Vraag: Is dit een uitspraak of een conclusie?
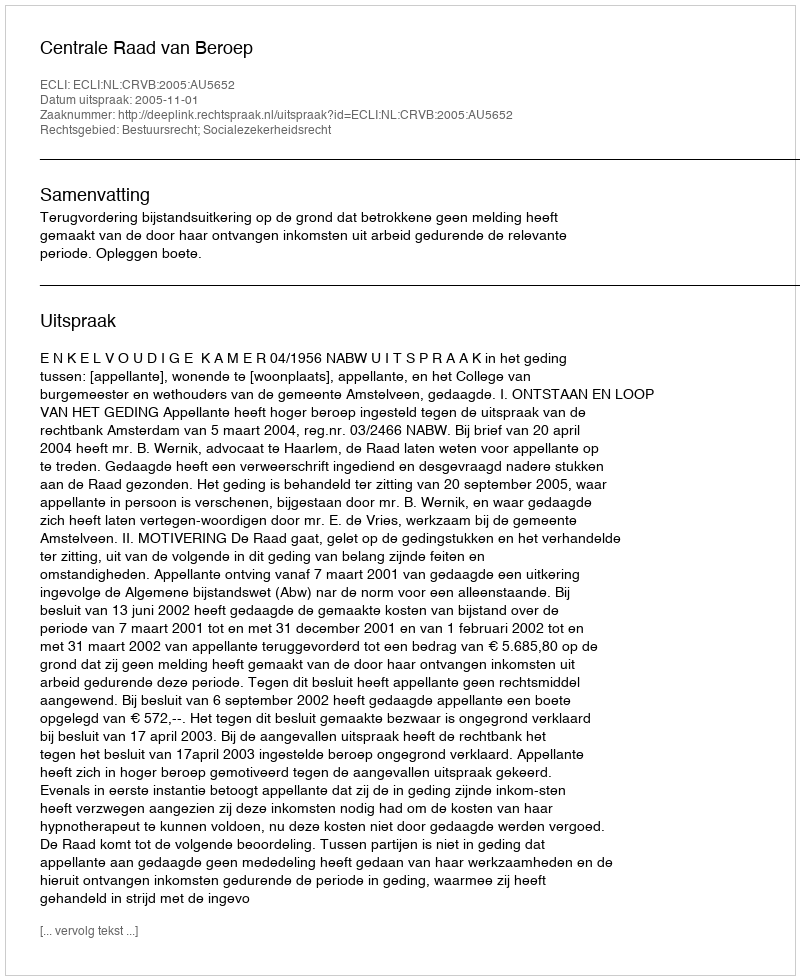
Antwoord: Uitspraak